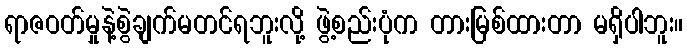
ရာဇဝတ်မှုနဲ့စွဲချက်မတင်ရဘူးလို့ ဖွဲ့စည်းပုံက တားမြစ်ထားတာ မရှိပါဘူး။